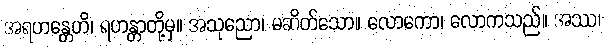
အရဟန္တေဟိ၊ ရဟန္တာတို့မှ။ အသုညော၊ မဆိတ်သော။ လောကော၊ လောကသည်။ အဿ၊